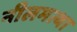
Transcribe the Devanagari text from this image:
नीलमत्था